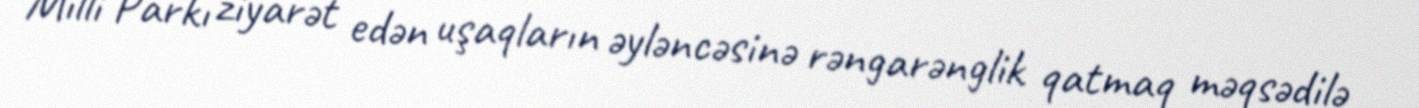
Milli Parkı ziyarət edən uşaqların əyləncəsinə rəngarənglik qatmaq məqsədilə